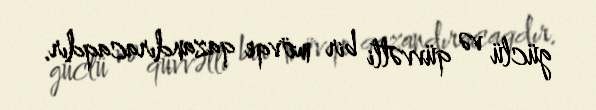
güclü və qüvvətli bir mövqe qazandıracaqdır.